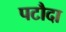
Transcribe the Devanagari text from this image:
पटौदा